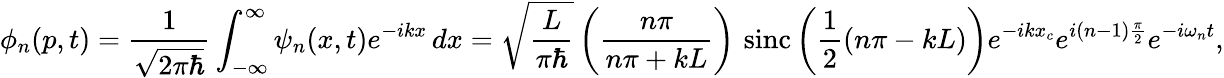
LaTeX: \phi_{n}(p,t)={\frac{1}{\sqrt{2\pi\hbar}}}\int_{-\infty}^{\infty}\psi_{n}(x,t)e^{-ikx}\, dx={\sqrt{\frac{L}{\pi\hbar}}}\left({\frac{n\pi}{n\pi+kL}}\right)\, \operatorname{sinc}\left({\frac{1}{2}}(n\pi-kL)\right)e^{-ikx_{c}}e^{i(n-1){\frac{\pi}{2}}}e^{-i\omega_{n}t},